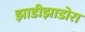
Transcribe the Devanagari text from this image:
झाडीझाडोरा